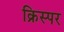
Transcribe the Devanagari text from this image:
क्रिस्पर